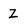
Character: z